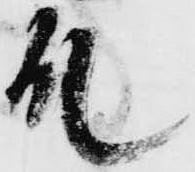
殿